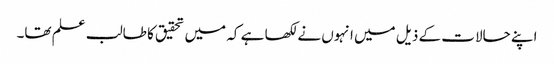
اپنے حالات کے ذیل میں انہوں نے لکھا ہے کہ میں تحقیق کا طالب علم تھا۔